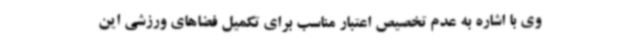
وی با اشاره به عدم تخصیص اعتبار مناسب برای تکمیل فضاهای ورزشی این